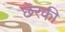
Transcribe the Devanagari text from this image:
छेरकी